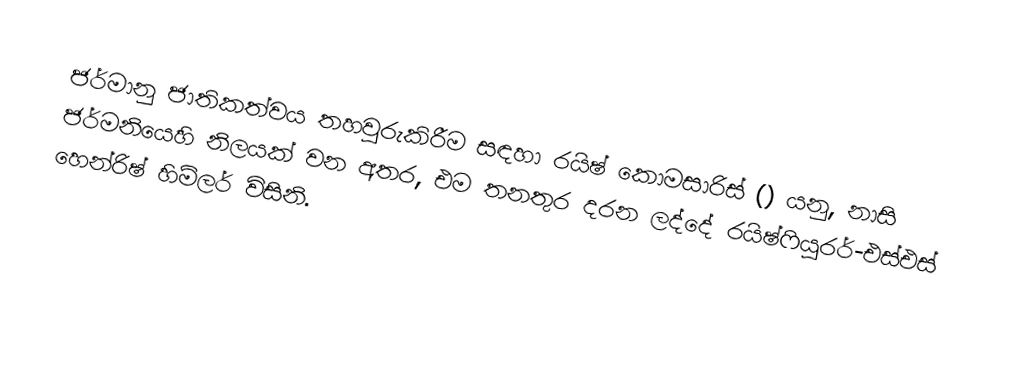
ජර්මානු ජාතිකත්වය තහවුරුකිරීම සඳහා රයිෂ් කොමසාරිස් () යනු, නාසි ජර්මනියෙහි නිලයක් වන අතර, එම තනතුර දරන ලද්දේ රයිෂ්ෆියුරර්-එස්එස් හෙන්රිෂ් හිම්ලර් විසිනි.